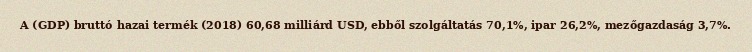
A (GDP) bruttó hazai termék (2018) 60,68 milliárd USD, ebből szolgáltatás 70,1%, ipar 26,2%, mezőgazdaság 3,7%.